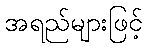
အရည်များဖြင့်